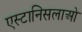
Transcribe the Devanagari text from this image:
एस्टानिसलाओ